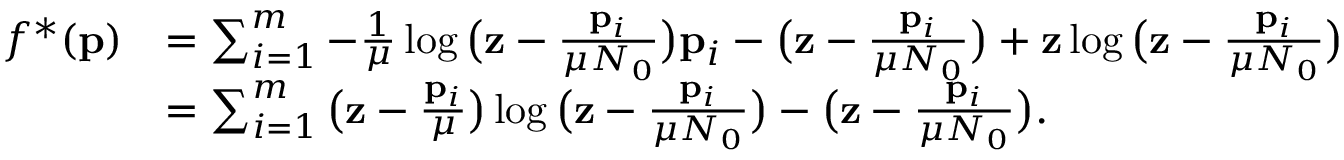
\begin{array} { r l } { f ^ { * } ( \mathbf { p } ) } & { = \sum _ { i = 1 } ^ { m } - \frac { 1 } { \mu } \log \big ( \mathbf { z } - \frac { \mathbf { p } _ { i } } { \mu N _ { 0 } } \big ) \mathbf { p } _ { i } - \big ( \mathbf { z } - \frac { \mathbf { p } _ { i } } { \mu N _ { 0 } } \big ) + \mathbf { z } \log \big ( \mathbf { z } - \frac { \mathbf { p } _ { i } } { \mu N _ { 0 } } \big ) } \\ & { = \sum _ { i = 1 } ^ { m } \big ( \mathbf { z } - \frac { \mathbf { p } _ { i } } { \mu } \big ) \log \big ( \mathbf { z } - \frac { \mathbf { p } _ { i } } { \mu N _ { 0 } } \big ) - \big ( \mathbf { z } - \frac { \mathbf { p } _ { i } } { \mu N _ { 0 } } \big ) . } \end{array}